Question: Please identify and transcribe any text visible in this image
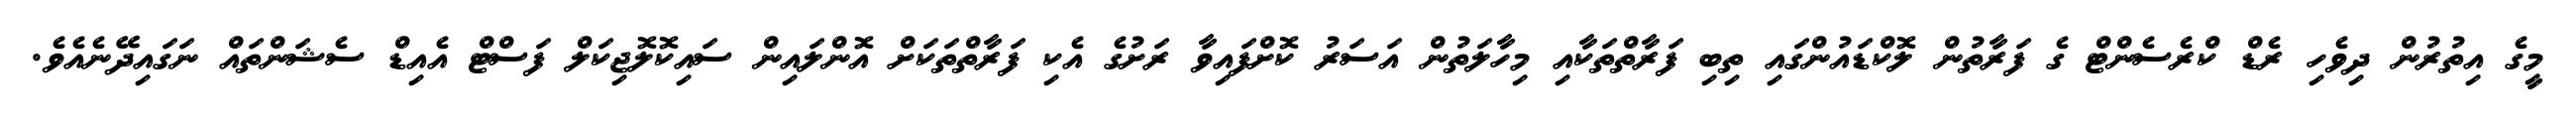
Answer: މީގެ އިތުރުން ދިވެހި ރެޑް ކްރެސެންޓް ގެ ފަރާތުން ލޮކްޑައުންގައި ތިބި ފަރާތްތަކާއި މިހާލަތުން އަސަރު ކޮށްފައިވާ ރަށުގެ އެކި ފަރާތްތަކަށް އޮންލައިން ސައިކޮލޮޖިކަލް ފަސްޓް އެއިޑް ސެޝަންތައް ނަގައިދޭނެއެވެ.